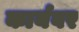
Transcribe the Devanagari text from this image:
कार्यवर